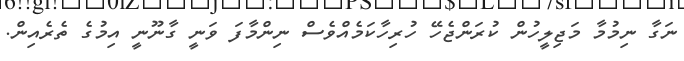
ނަގާ ނިމުމާ މަޖިލީހުން ކުރަންޖެހޭ ހުރިހާކަމެއްވެސް ނިންމާފަ ވަނީ ގާނޫނީ އިމުގެ ތެރެއިން.